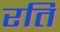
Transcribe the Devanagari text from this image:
रतिं